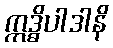
ဣဒ္ဓိပါဒါနိ